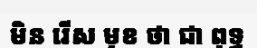
មិន រើស មុខ ថា ជា ពុទ្ធ